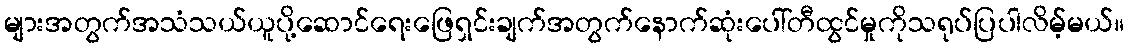
များအတွက်အသံသယ်ယူပို့ဆောင်ရေးဖြေရှင်းချက်အတွက်နောက်ဆုံးပေါ်တီထွင်မှုကိုသရုပ်ပြပါလိမ့်မယ်။